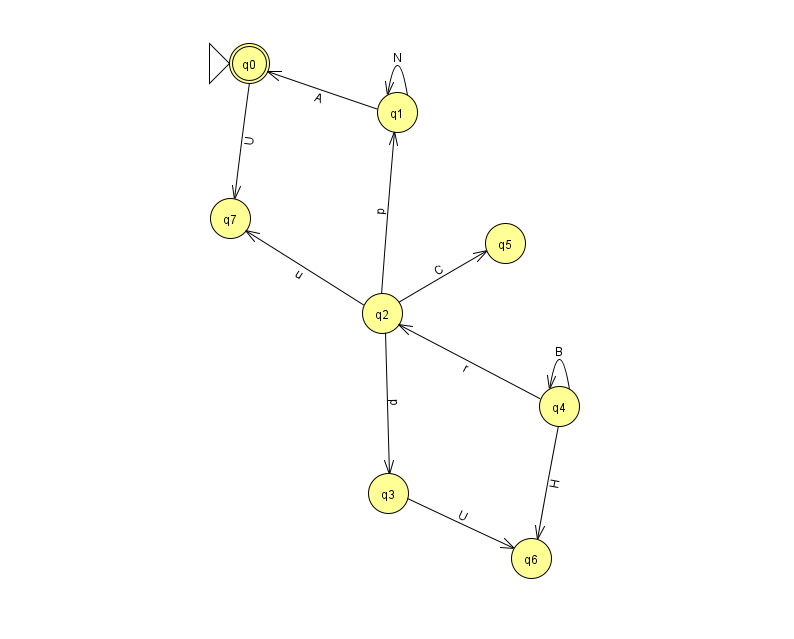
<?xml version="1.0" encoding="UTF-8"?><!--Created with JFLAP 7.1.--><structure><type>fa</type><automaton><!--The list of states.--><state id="0" name="q0"><x>249.0</x><y>50.0</y><initial/><final/></state><state id="1" name="q1"><x>397.0</x><y>99.0</y></state><state id="2" name="q2"><x>382.0</x><y>300.0</y></state><state id="3" name="q3"><x>388.0</x><y>480.0</y></state><state id="4" name="q4"><x>559.0</x><y>393.0</y></state><state id="5" name="q5"><x>505.0</x><y>230.0</y></state><state id="6" name="q6"><x>531.0</x><y>545.0</y></state><state id="7" name="q7"><x>230.0</x><y>205.0</y></state><!--The list of transitions.--><transition><from>2</from><to>3</to><read>p</read></transition><transition><from>4</from><to>4</to><read>B</read></transition><transition><from>1</from><to>0</to><read>A</read></transition><transition><from>2</from><to>5</to><read>C</read></transition><transition><from>3</from><to>6</to><read>U</read></transition><transition><from>4</from><to>2</to><read>r</read></transition><transition><from>2</from><to>7</to><read>u</read></transition><transition><from>0</from><to>7</to><read>U</read></transition><transition><from>2</from><to>1</to><read>p</read></transition><transition><from>1</from><to>1</to><read>N</read></transition><transition><from>4</from><to>6</to><read>H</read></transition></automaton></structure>